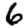
Digit: 6